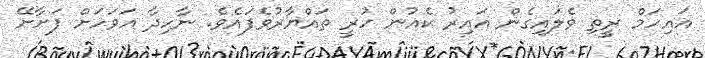
އައިހަމް ރީތި ވެލައިގެން އައިރު ކެއުން ހުރީ ތައްޔާރުވެފައެވެ. ނާހިދާ އަވަހަށް ފަށާށޭ